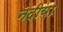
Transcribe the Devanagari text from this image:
नदीय़ा